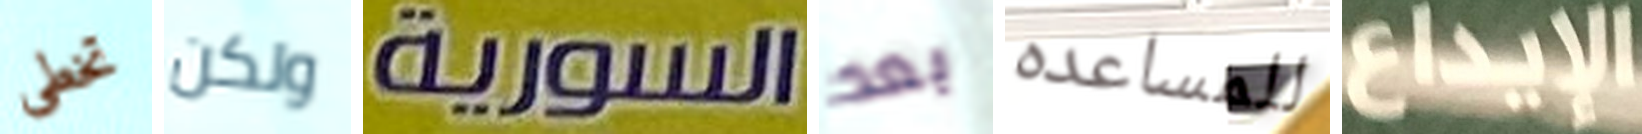
تخطى ولكن السورية بعد للمساعده الإيداع